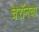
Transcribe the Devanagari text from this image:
चेरॉनचा